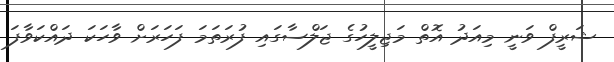
ޝަރީފް ވަނީ މިއަދު އޮތް މަޖިލީހުގެ ޖަލްސާގައި ފުރަތަމަ ފަހަރަށް ވާހަކަ ދައްކަވާފަ